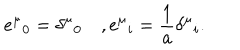
e ^ { \mu } { } _ { 0 } = \delta ^ { \mu } { } _ { 0 } \quad , e ^ { \mu } { } _ { i } = \frac { 1 } { a } \delta ^ { \mu } { } _ { i } .